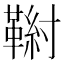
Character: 𩋰